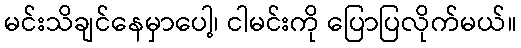
မင်းသိချင်နေမှာပေါ့၊ ငါမင်းကို ပြောပြလိုက်မယ်။